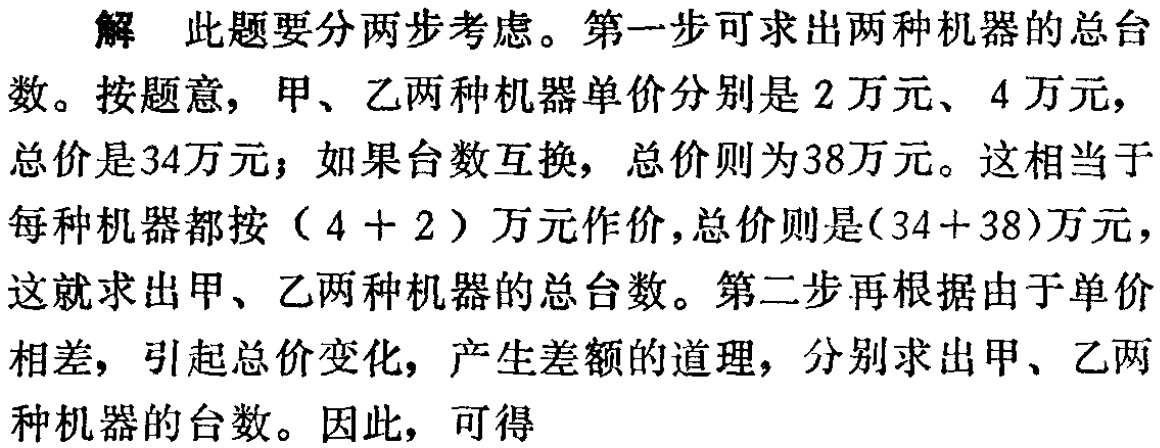
解 此题要分两步考虑。第一步可求出两种机器的总台数。按题意，甲、乙两种机器单价分别是$2$万元、$4$万元，总价是$34$万元；如果台数互换，总价则为$38$万元。这相当于每种机器都按（$4 + 2$）万元作价，总价则是($34 + 38$)万元，这就求出甲、乙两种机器的总台数。第二步再根据由于单价相差，引起总价变化，产生差额的道理，分别求出甲、乙两种机器的台数。因此，可得